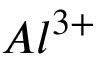
A l ^ { 3 + }